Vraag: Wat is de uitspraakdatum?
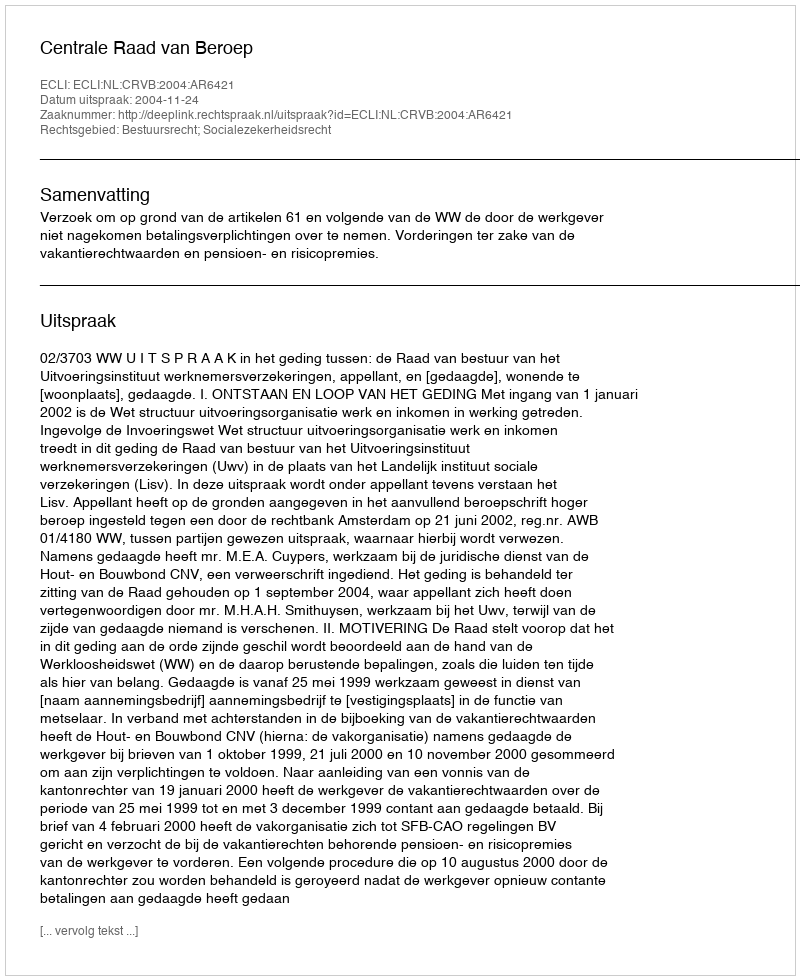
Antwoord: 2004-11-24